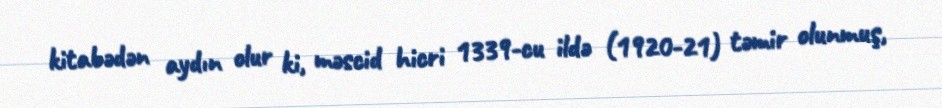
kitabədən aydın olur ki, məscid hicri 1339-cu ildə (1920-21) təmir olunmuş,